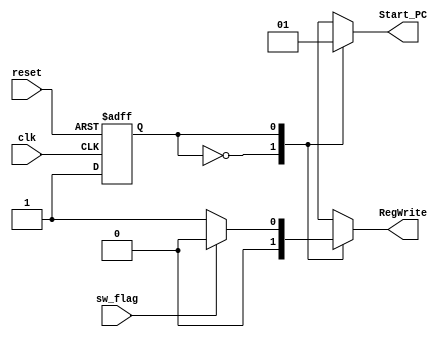
module ControlUnit
#(
    //Machine states
	parameter IDLE=1'd0,
	parameter NORMAL=1'd1	
)
(
    /* Inputs */
    input clk,              //clk signal
	input reset,            //async signal to reset
    input sw_flag,
    /* Outputs */
    
    output Start_PC,
    output RegWrite

    );

//###################### Variables ########################


//####################     Assignations   #######################


reg Start_PC_reg;
reg state;
reg RegWrite_reg;

assign Start_PC = Start_PC_reg;
assign RegWrite = RegWrite_reg;





always @(posedge clk or negedge reset) begin
    if(reset==1'b0) begin
        state <= IDLE;
    end else begin
        case(state)
            IDLE:
            begin
                state <= NORMAL;
            end
            NORMAL:
            begin
                state <= NORMAL;
            end
            
        endcase
    end 
end

always@(state,sw_flag)begin 
    case(state)
        
        IDLE:
        begin
            Start_PC_reg = 0;
            RegWrite_reg = 0;
        end
        NORMAL:
        begin
            if(sw_flag==1'b1)begin    
               RegWrite_reg = 0;
            end else begin            
               RegWrite_reg = 1;
            end

            Start_PC_reg = 1;
                        
        end
        
        default:
        begin 
            Start_PC_reg = 0;
            RegWrite_reg = 0;
        end
    endcase
end 



endmodule